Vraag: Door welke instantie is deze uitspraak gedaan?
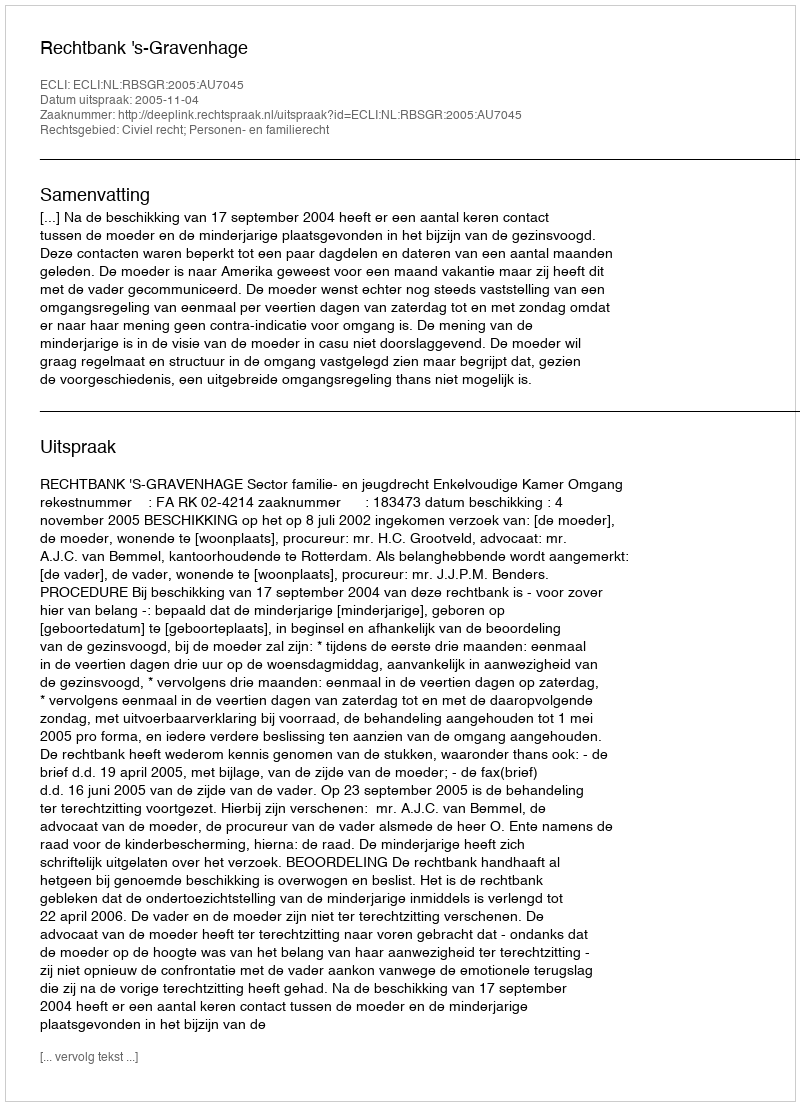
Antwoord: Rechtbank 's-Gravenhage